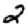
Digit: 2